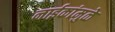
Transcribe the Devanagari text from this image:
नाईकांमुळे